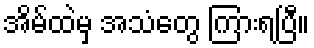
အိမ်ထဲမှ အသံတွေ ကြားရပြီ။